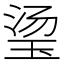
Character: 𬍡